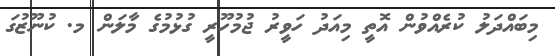
މިބައްދަލު ކުރެއްވުން އޮތީ މިއަދު ހަވީރު ޖުމުހޫރީ ގުޅުމުގެ މާލަން މ. ކުނޫޒުގަ